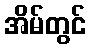
အိမ်တွင်